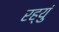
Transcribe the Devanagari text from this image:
रह्युं